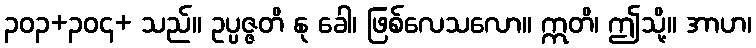
၃၀၃+၃၀၄+ သည်။ ဥပ္ပဇ္ဇတိ နု ခေါ၊ ဖြစ်လေသလော။ ဣတိ၊ ဤသို့။ အာဟ၊